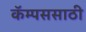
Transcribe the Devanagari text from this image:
कॅम्पससाठी